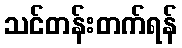
သင်တန်းတက်ရန်